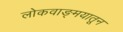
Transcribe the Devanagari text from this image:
लोकवाङ्मयातून